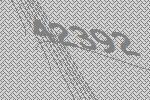
42392